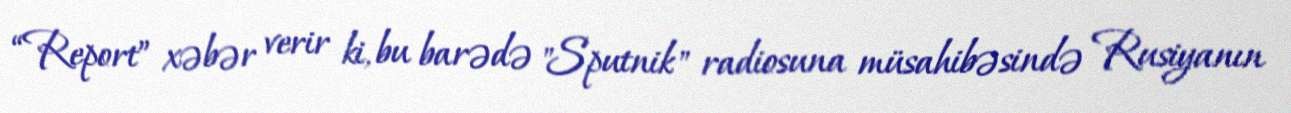
“Report” xəbər verir ki, bu barədə "Sputnik" radiosuna müsahibəsində Rusiyanın